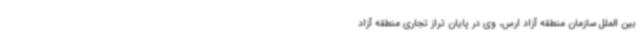
بین الملل سازمان منطقه آزاد ارس، وی در پایان تراز تجاری منطقه آزاد